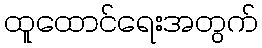
ထူထောင်ရေးအတွက်